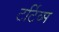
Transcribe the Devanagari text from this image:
टर्टिव्म